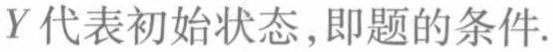
$Y$代表初始状态,即题的条件.